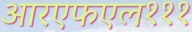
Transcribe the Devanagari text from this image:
आरएफएल१११